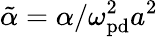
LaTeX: \tilde{\alpha}=\alpha/\omega_{\mathrm{pd}}^{2}a^{2}